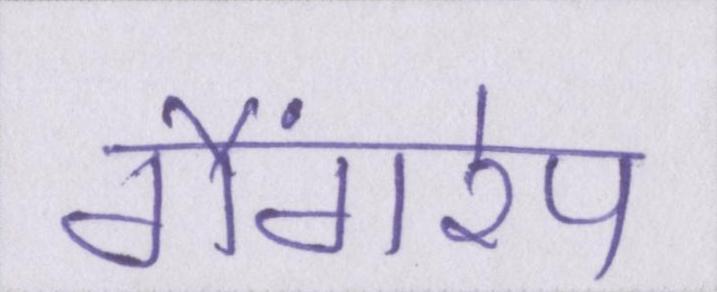
गैंगरेप